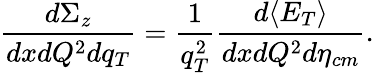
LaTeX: \frac{d\Sigma_{z}}{dxdQ^{2}dq_{T}}=\frac{1}{q_{T}^{2}}\frac{d\langle E_{T}\rangle}{dxdQ^{2}d\eta_{cm}}.